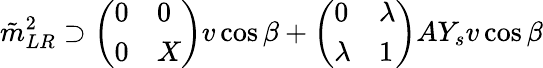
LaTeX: \tilde{m}_{LR}^{2}\supset\left(\begin{array}{ll}{{0}}&{{0}}\\ {{0}}&{{X}}\end{array}\right)v\cos\beta+\left(\begin{array}{ll}{{0}}&{{\lambda}}\\ {{\lambda}}&{{1}}\end{array}\right)AY_{s}v\cos\beta